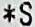
*S